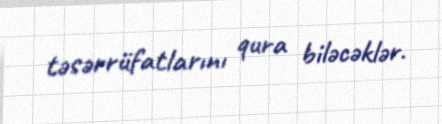
təsərrüfatlarını qura biləcəklər.